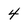
Character: 4